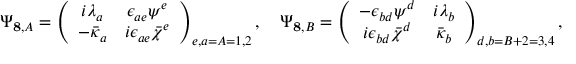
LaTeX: \Psi _ { { \bf 8 } , A } = \left( \begin{array} { c c } { { i \lambda _ { a } } } & { { \epsilon _ { a e } \psi ^ { e } } } \\ { { - \bar { \kappa } _ { a } } } & { { i \epsilon _ { a e } \bar { \chi } ^ { e } } } \end{array} \right) _ { e , a = A = 1 , 2 } , \quad \Psi _ { { \bf 8 } , B } = \left( \begin{array} { c c } { { - \epsilon _ { b d } \psi ^ { d } } } & { { i \lambda _ { b } } } \\ { { i \epsilon _ { b d } \bar { \chi } ^ { d } } } & { { \bar { \kappa } _ { b } } } \end{array} \right) _ { d , b = B + 2 = 3 , 4 } ,